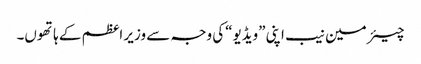
چیئر مین نیب اپنی ”ویڈیو“کی وجہ سے وزیر اعظم کے ہاتھوں۔